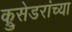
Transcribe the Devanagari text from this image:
क्रुसेडरांच्या